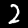
Label: 2